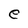
Character: e